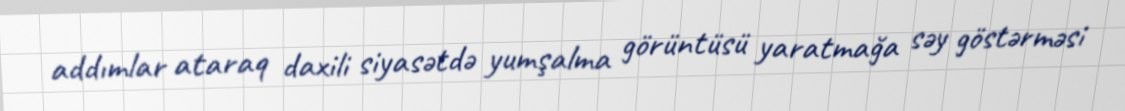
addımlar ataraq daxili siyasətdə yumşalma görüntüsü yaratmağa səy göstərməsi